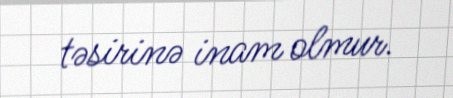
təsirinə inam olmur.